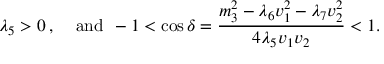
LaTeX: \lambda _ { 5 } > 0 \: , \: \: \: \: \: \mathrm { a n d } \: \: - 1 < \cos \delta = \frac { m _ { 3 } ^ { 2 } - \lambda _ { 6 } v _ { 1 } ^ { 2 } - \lambda _ { 7 } v _ { 2 } ^ { 2 } } { 4 \lambda _ { 5 } v _ { 1 } v _ { 2 } } < 1 .